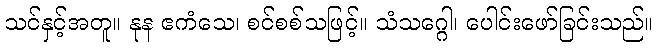
သင်နှင့်အတူ။ နုန ဧကံသေ၊ စင်စစ်သဖြင့်။ သံသဂ္ဂေါ၊ ပေါင်းဖော်ခြင်းသည်။